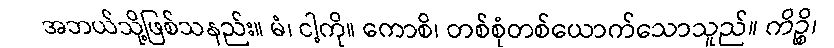
အဘယ်သို့ဖြစ်သနည်း။ မံ၊ ငါ့ကို။ ကောစိ၊ တစ်စုံတစ်ယောက်သောသူည်။ ကိဉ္စိ၊